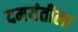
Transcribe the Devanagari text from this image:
दमयंतीला